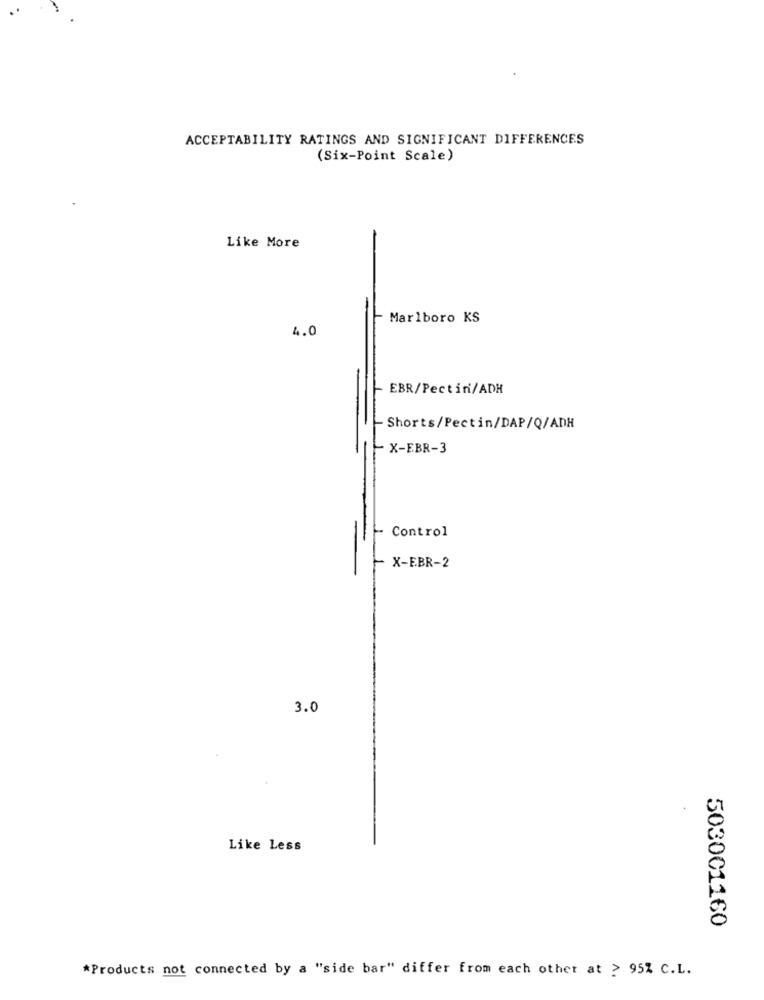
ACCEPTABILITY RATINGS AND SIGNIFICANT DIFFERENCES
(Six-Point Scale)
Like More
Marlboro KS
4.0
EBR/Pectin/ADH
- Shorts/Pectin/DAP/Q/ADH
- X-EBR-3
- Control
X-EBR-2
3.0
Like Less
503001160
*Products not connected by a "side bar" differ from each other at > 952 C.L.